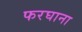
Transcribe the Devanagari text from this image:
फरघाना